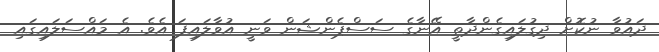
ދައުވާ ނުކޮށް ދިގުލައިގެންދާތީ އޭނާގެ ސަސްޕެންޝަން ވަނީ އުވާލައިފަ އެވެ. އެ މައްސަލައިގައި